NASA-UAP-D1, Apollo 12 Transcript, 1969
Agency: NASA
Incident date: 1969
Incident location: Moon
Page 2
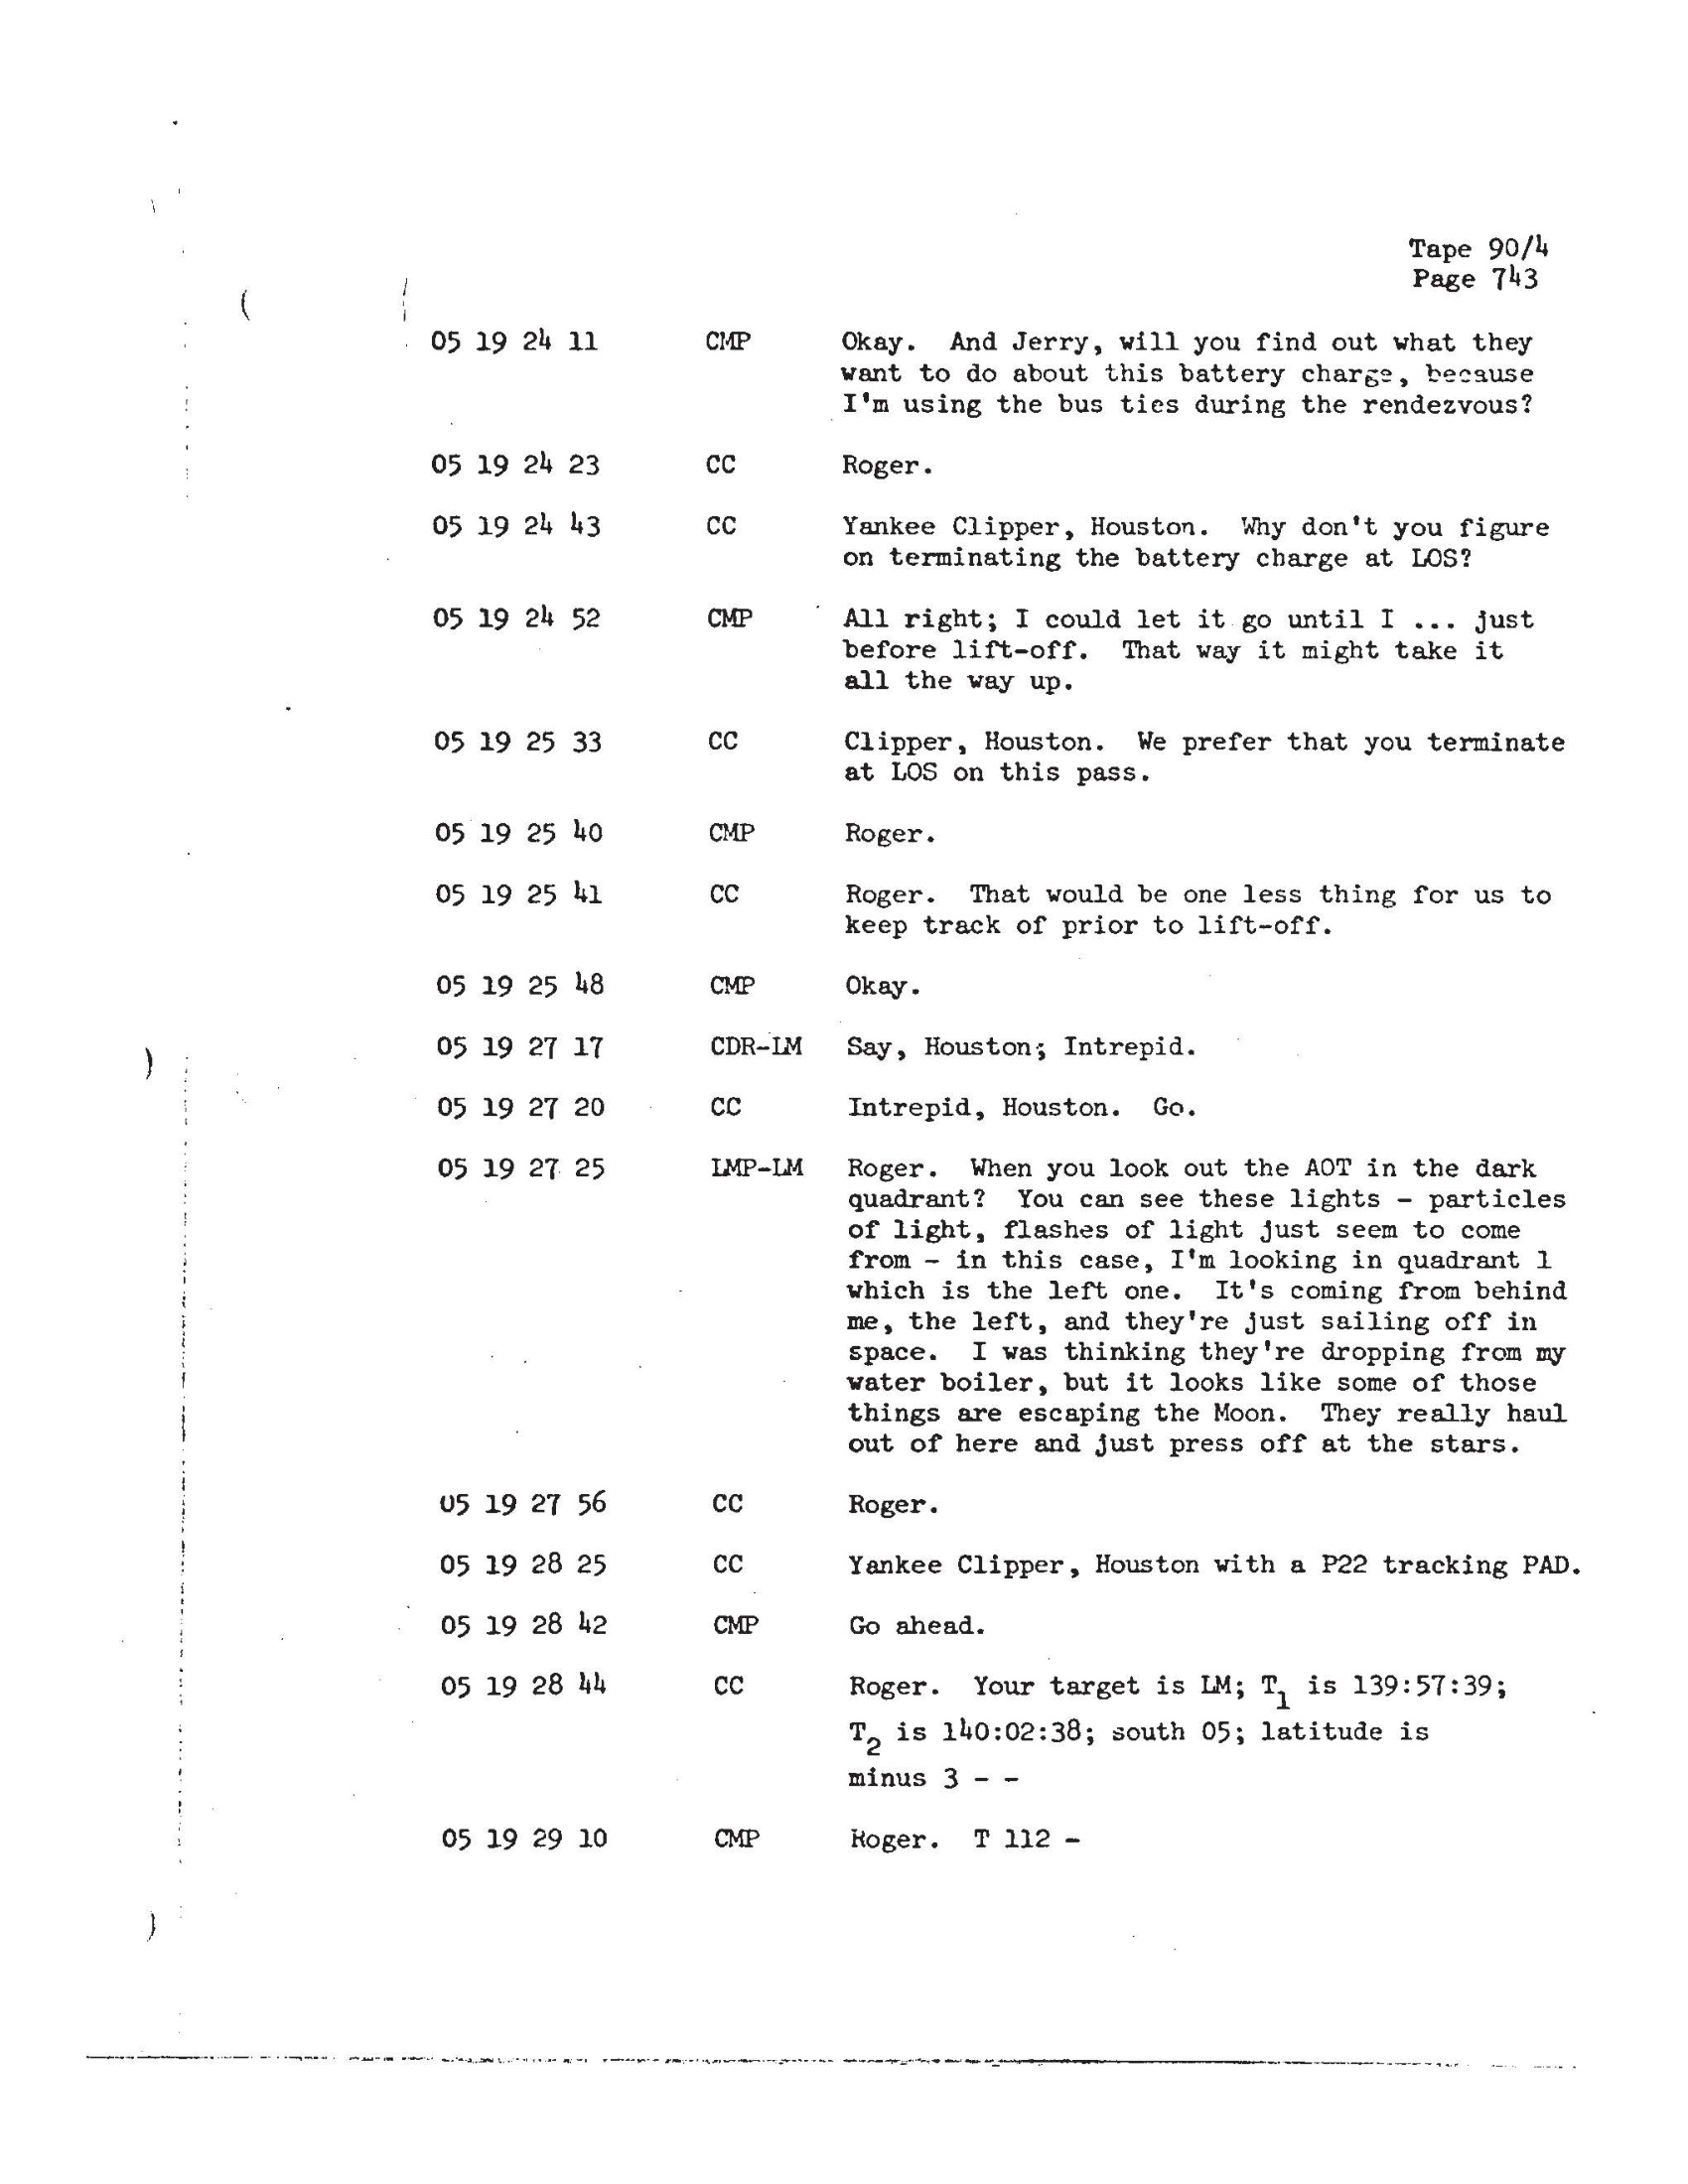